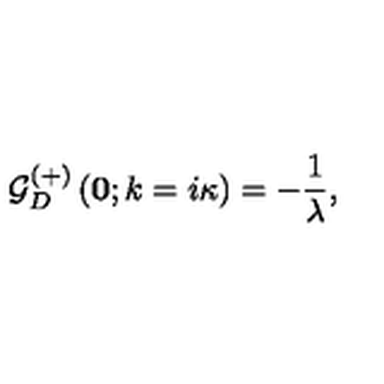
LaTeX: { \mathcal G } _ { D } ^ { ( + ) } \left( { \bf 0 } ; k = i \kappa \right) = - \frac { 1 } { \lambda } ,